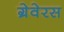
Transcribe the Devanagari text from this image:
ग्रेवेरस